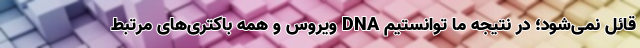
قائل نمی‌شود؛ در نتیجه ما توانستیم DNA ویروس و همه باکتری‌های مرتبط